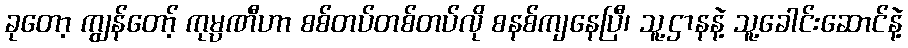
ခုတော့ ကျွန်တော့် ကုမ္ပဏီဟာ စစ်တပ်တစ်တပ်လို စနစ်ကျနေပြီ၊ သူ့ဌာနနဲ့ သူ့ခေါင်းဆောင်နဲ့